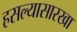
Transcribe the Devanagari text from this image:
हसल्यासारखा